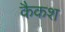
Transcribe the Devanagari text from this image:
कैकश